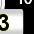
Digit: 3